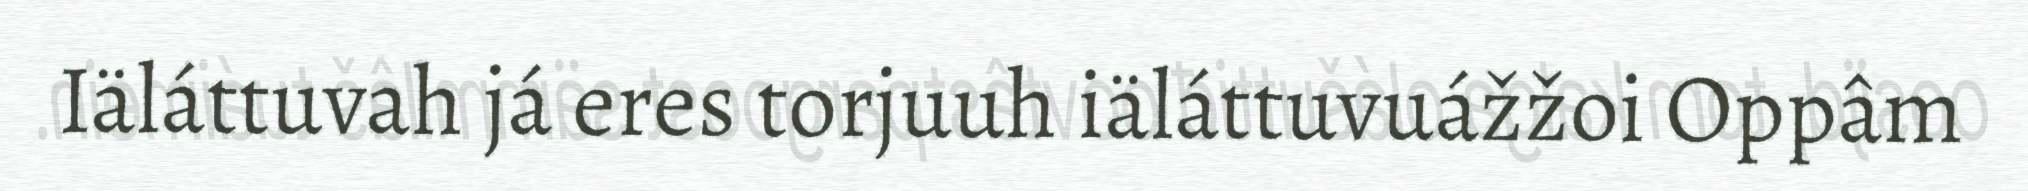
Iäláttuvah já eres torjuuh iäláttuvuážžoi Oppâm